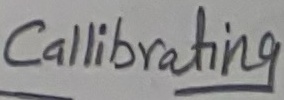
Text: Callibrating